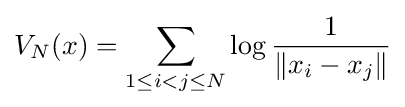
V_{N}(x)=\sum _{1\leq i<j\leq N}\log {\frac {1}{\|x_{i}-x_{j}\|}}